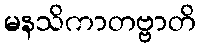
မနသိကာတဗ္ဗာတိ